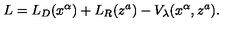
L = L _ { D } ( x ^ { \alpha } ) + L _ { R } ( z ^ { a } ) - V _ { \lambda } ( x ^ { \alpha } , z ^ { a } ) .